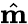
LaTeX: \hat{\mathbf m}